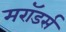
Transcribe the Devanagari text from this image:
मरॉडर्स